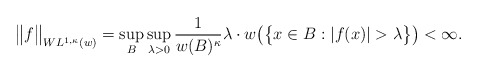
\begin{align*}\big\|f\big\|_{WL^{1,\kappa}(w)}=\sup_B\sup_{\lambda>0}\frac{1}{w(B)^{\kappa}}\lambda\cdot w\big(\big\{x\in B:|f(x)|>\lambda\big\}\big)<\infty.\end{align*}